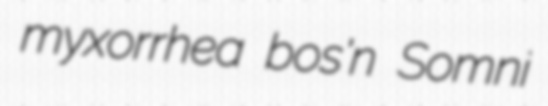
myxorrhea bos'n Somni